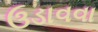
ઉડાવવા